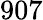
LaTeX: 907